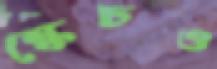
স্কেচও